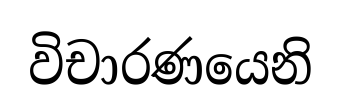
විචාරණයෙනි